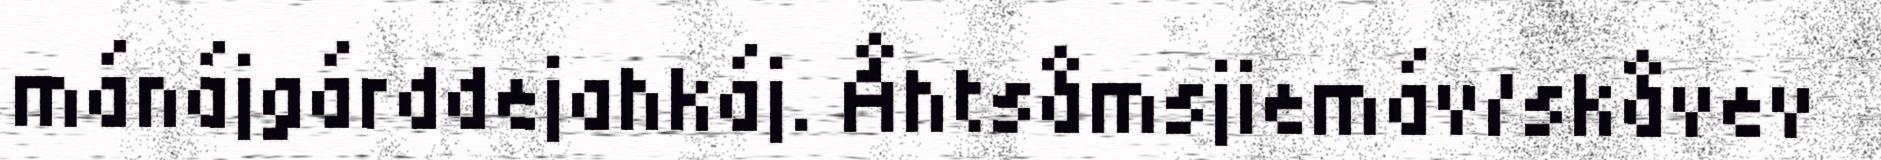
mánájgárddejahkáj. Åhtsåmsjiemáv/skåvev